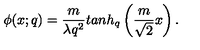
\phi ( x ; q ) = \frac { m } { \lambda q ^ { 2 } } t a n h _ { q } \left( \frac { m } { \sqrt 2 } x \right) .